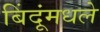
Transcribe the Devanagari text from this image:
बिंदूंमधले